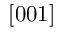
\left[ 0 0 1 \right]